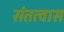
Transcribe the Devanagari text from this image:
संतत्वास